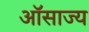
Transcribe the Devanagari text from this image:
ऑसाज्य